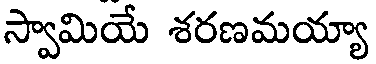
స్వామియే శరణమయ్యా